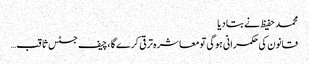
محمد حفیظ نے بتا دیا
قانون کی حکمرانی ہوگی تومعاشرہ ترقی کرے گا ،چیف جسٹس ثاقب…